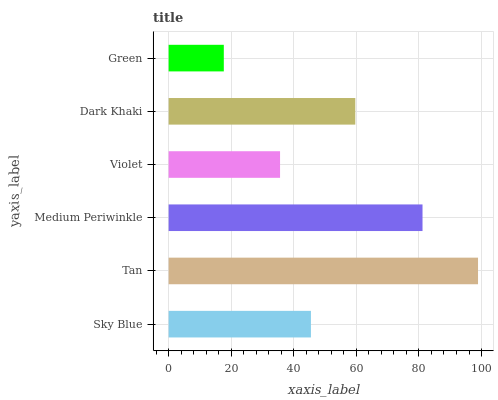
| yaxis_label | bars |
 | --- | --- |
 | Sky Blue | 45.5 |
 | Tan | 98.9 |
 | Medium Periwinkle | 81.1 |
 | Violet | 35.6 |
 | Dark Khaki | 59.7 |
 | Green | 17.6 |